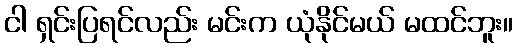
ငါ ရှင်းပြရင်လည်း မင်းက ယုံနိုင်မယ် မထင်ဘူး။